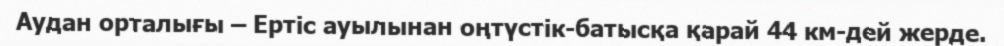
Аудан орталығы – Ертіс ауылынан оңтүстік-батысқа қарай 44 км-дей жерде.